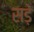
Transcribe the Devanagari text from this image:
सड़ें